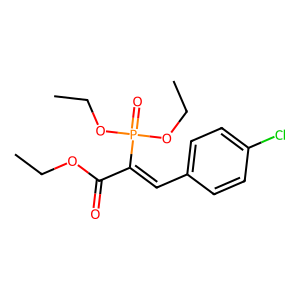
SMILES: CCOC(=O)C(=Cc1ccc(Cl)cc1)P(=O)(OCC)OCC
Inhibits HIV replication: No